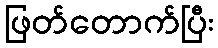
ဖြတ်တောက်ပြီး